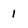
Character: 1